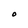
Character: O